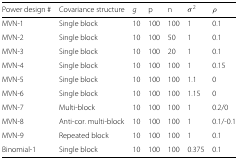
<table><thead><tr><td><b>Power design #</b></td><td><b>Covariance structure</b></td><td><b><i>g</i></b></td><td><b>p</b></td><td><b>n</b></td><td><b><i>σ</i><sup>2</sup></b></td><td><b><i>ρ</i></b></td></tr></thead><tbody><tr><td>MVN-1</td><td>Single block</td><td>10</td><td>100</td><td>100</td><td>1</td><td>0.1</td></tr><tr><td>MVN-2</td><td>Single block</td><td>10</td><td>100</td><td>50</td><td>1</td><td>0.1</td></tr><tr><td>MVN-3</td><td>Single block</td><td>10</td><td>100</td><td>20</td><td>1</td><td>0.1</td></tr><tr><td>MVN-4</td><td>Single block</td><td>10</td><td>100</td><td>100</td><td>1</td><td>0.15</td></tr><tr><td>MVN-5</td><td>Single block</td><td>10</td><td>100</td><td>100</td><td>1.1</td><td>0</td></tr><tr><td>MVN-6</td><td>Single block</td><td>10</td><td>100</td><td>100</td><td>1.15</td><td>0</td></tr><tr><td>MVN-7</td><td>Multi-block</td><td>10</td><td>100</td><td>100</td><td>1</td><td>0.2/0</td></tr><tr><td>MVN-8</td><td>Anti-cor. multi-block</td><td>10</td><td>100</td><td>100</td><td>1</td><td>0.1/-0.1</td></tr><tr><td>MVN-9</td><td>Repeated block</td><td>10</td><td>100</td><td>100</td><td>1</td><td>0.1</td></tr><tr><td>Binomial-1</td><td>Single block</td><td>10</td><td>100</td><td>100</td><td>0.375</td><td>0.1</td></tr></tbody></table>